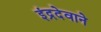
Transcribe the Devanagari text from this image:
इंद्रदेवाने